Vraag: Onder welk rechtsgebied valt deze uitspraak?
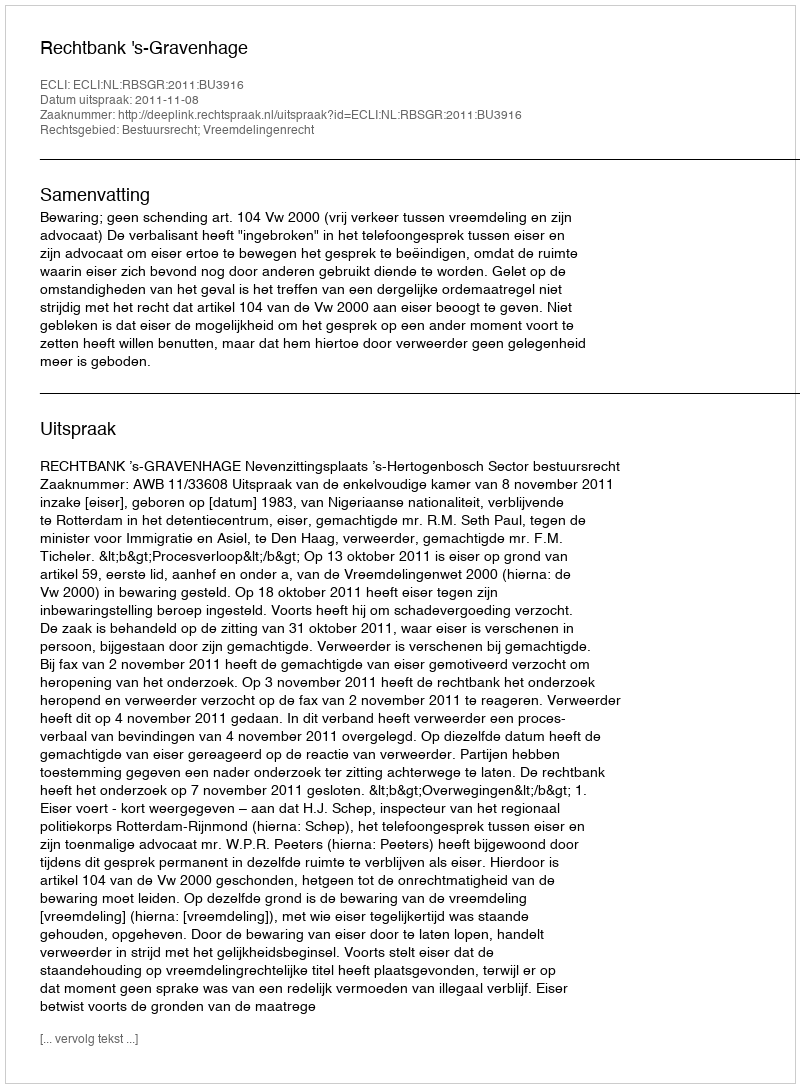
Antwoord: Bestuursrecht; Vreemdelingenrecht